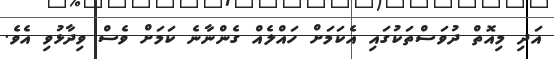
އަދި މިއޮތް ދުވަސްތަކުގައި އެކަމަށް ހައްލެއް ގެންނާނެ ކަމަށް ވެސް ވިދާޅުވި އެވެ.